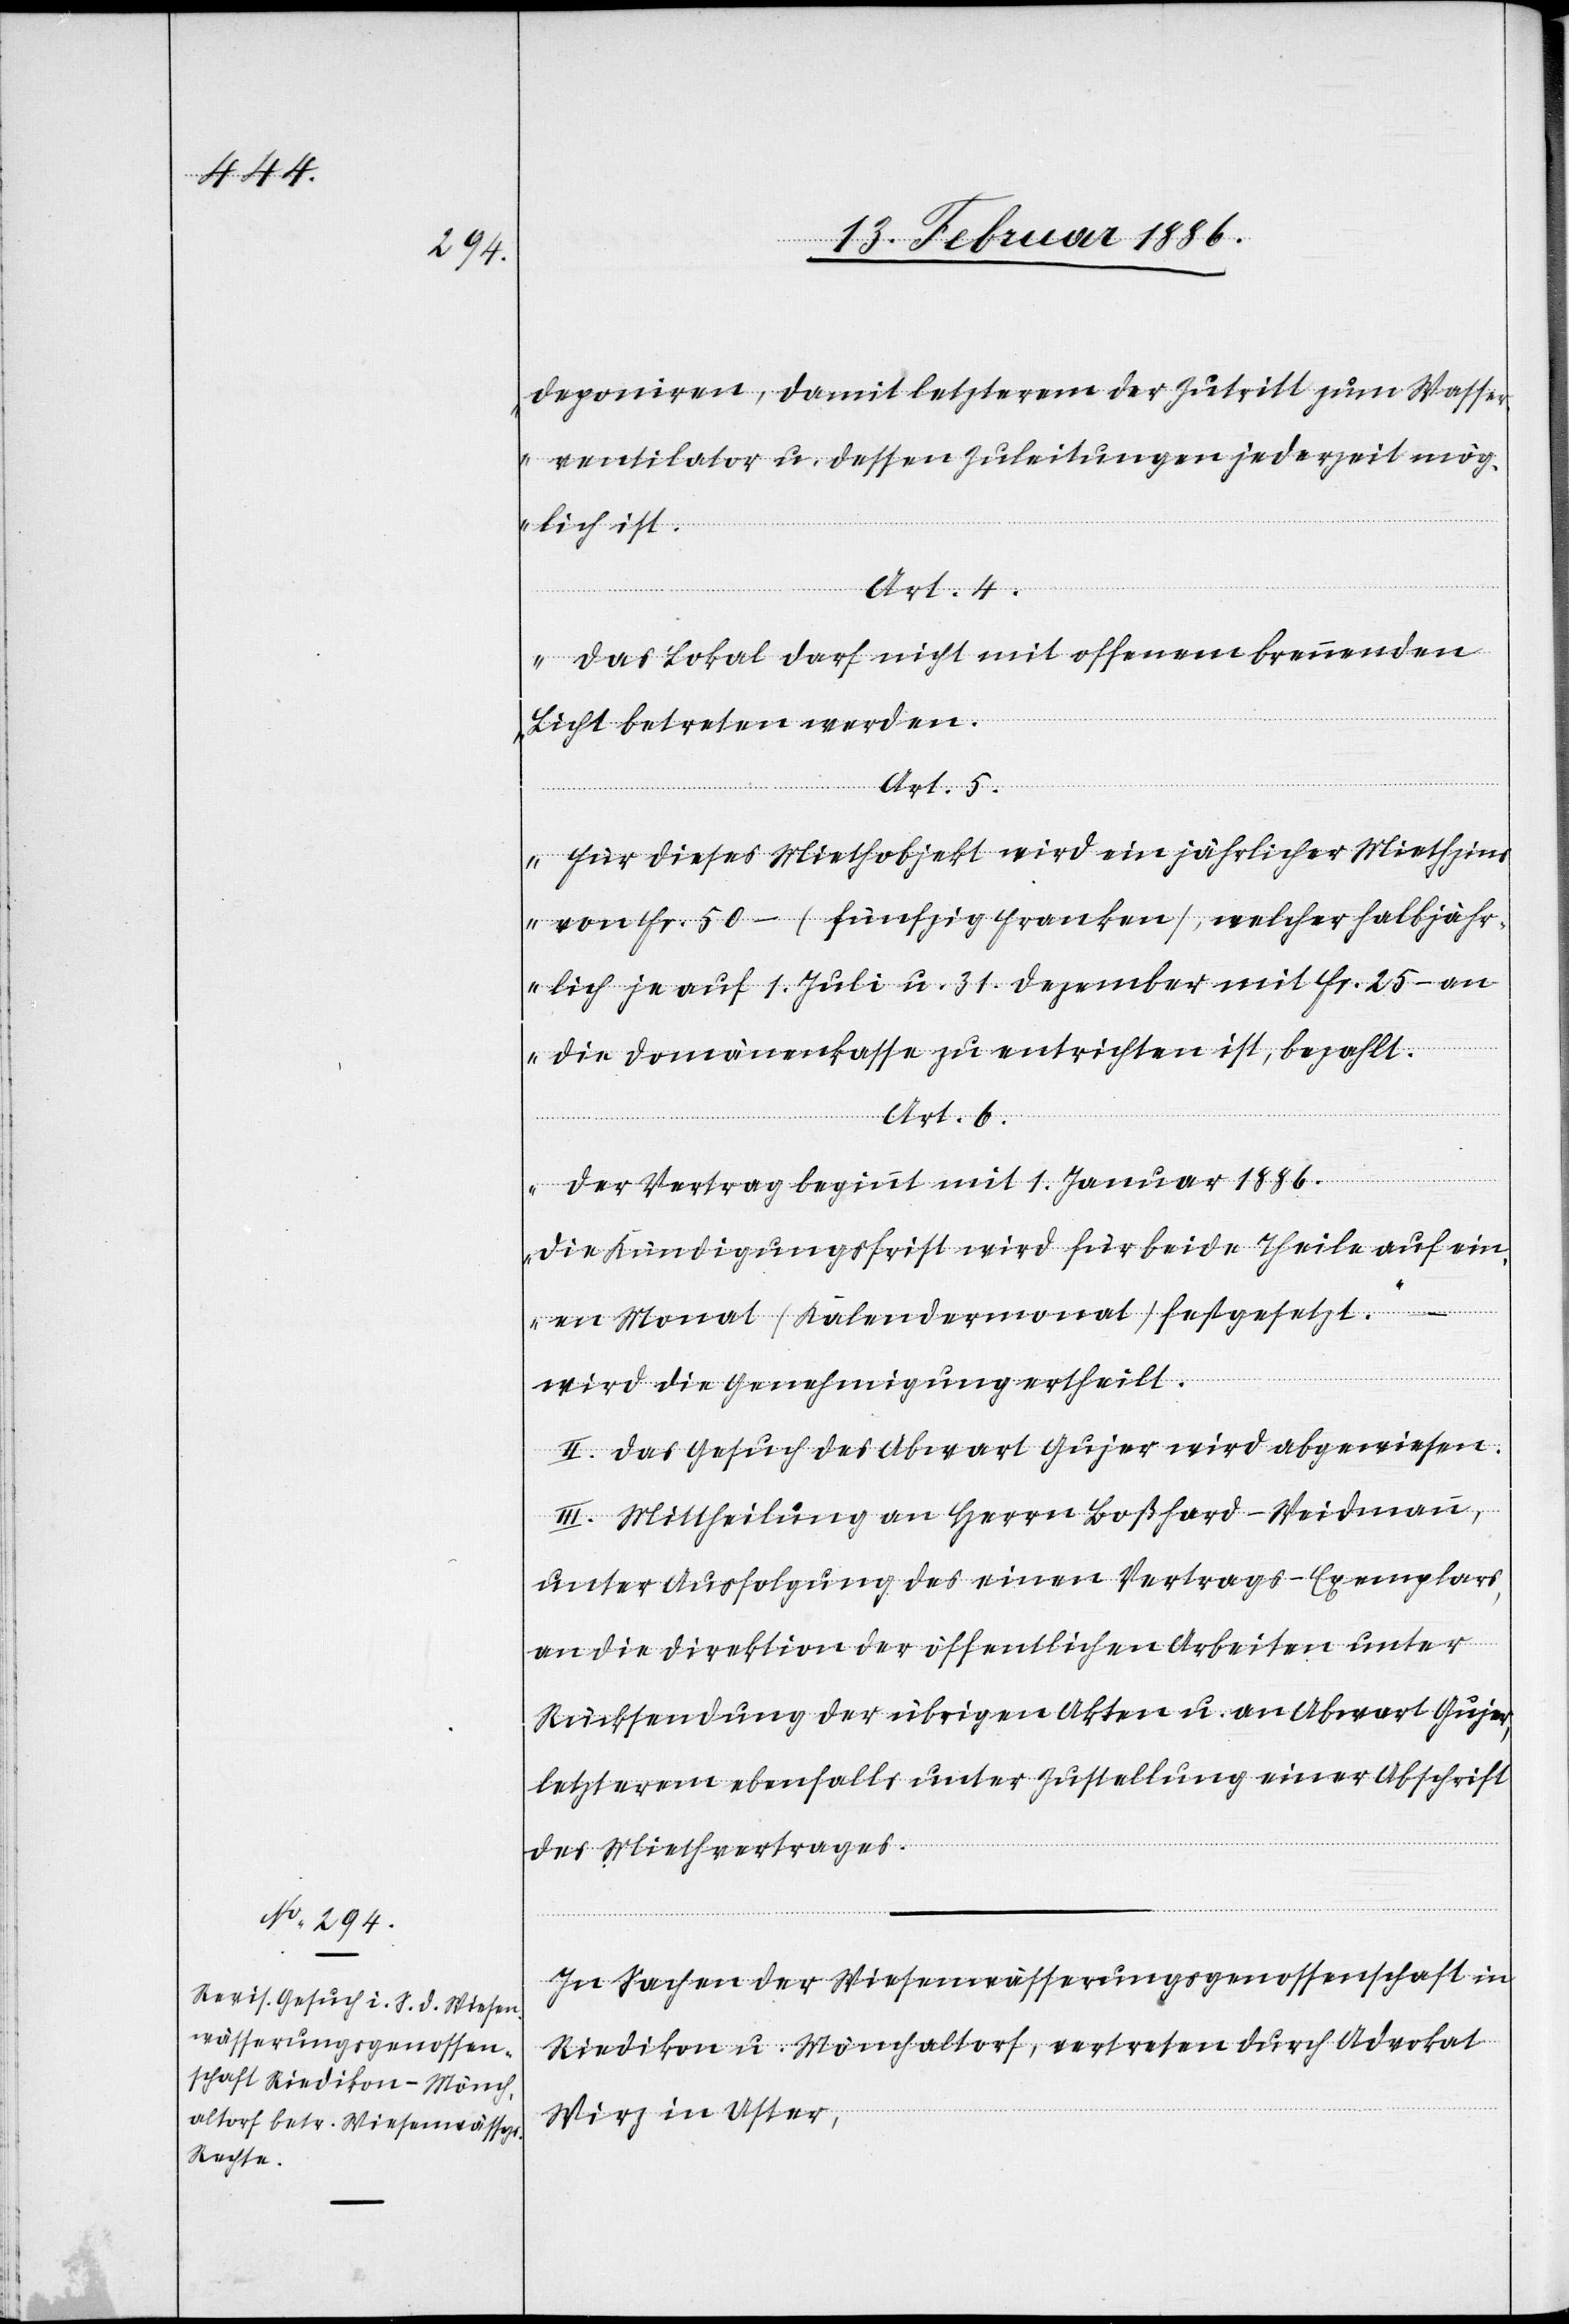
deponiren, damit letzterem der Zutritt zum Wasser¬
ventilator u. dessen Zuleitungen jederzeit mög¬
lich ist.
Art. 4.
Das Lokal darf nicht mit offenem brennendem
Licht betreten werden.
Art. 5.
Für dieses Miethobjekt wird ein jährlicher Miethzins
von Fr. 50.– (fünfzig Franken), welcher halbjähr¬
lich je auf 1. Juli u. 31. Dezember mit Fr. 25.– an
die Domänenkasse zu entrichten ist, bezahlt.
Art. 6.
Der Vertrag beginnt mit 1. Januar 1886.
Die Kündigungsfrist wird für beide Theile auf ein¬
en Monat (Kalendermonat) festgesetzt.“
wird die Genehmigung ertheilt.
II. Das Gesuch des Abwart Gujer wird abgewiesen.
III. Mittheilung an Herrn Boßhard-Weidmann,
unter Ausfolgung des einen Vertrags-Exemplars,
an die Direktion der öffentlichen Arbeiten unter
Rücksendung der übrigen Akten u. an Abwart Gujer,
letzterm ebenfalls unter Zustellung einer Abschrift
des Miethvertrages.
In Sachen der Wiesenwässerungsgenossenschaft in
Riedikon u. Mönchaltorf, vertreten durch Advokat
Wirz in Uster,